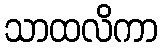
သာထလိကာ